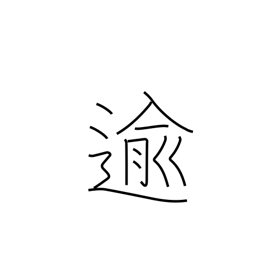
Meaning: pass